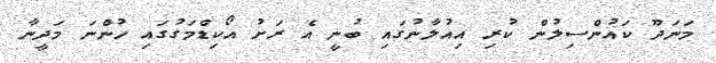
މަނަދޫ ކައުންސިލުން ކުރި އިއުލާނުގައި ބުނީ އެ ރަށު އޯކިޑްމަގުގައި ހުންނަ މަދީނާ